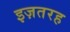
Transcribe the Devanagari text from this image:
इज़तरह